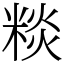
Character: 䊏